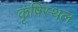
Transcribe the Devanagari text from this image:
कृषिस्थल